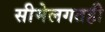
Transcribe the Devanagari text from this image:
सीमेलगतही